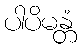
ပါပိမန္တံ